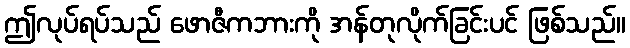
ဤလုပ်ရပ်သည် ဖောဇီကဘားကို အန်တုလိုက်ခြင်းပင် ဖြစ်သည်။